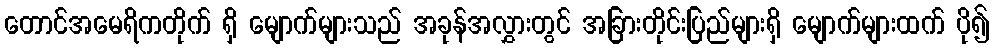
တောင်အမေရိကတိုက် ရှိ မျောက်များသည် အခုန်အလွှားတွင် အခြားတိုင်းပြည်များရှိ မျောက်များထက် ပို၍